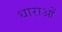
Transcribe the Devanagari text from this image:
धाराआें